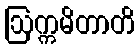
ဩက္ကမိတာတိ